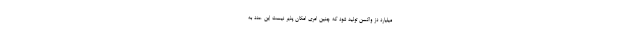
میلیارد دز واکسن تولید شود که چنین امری امکان پذیر نیست این عدد به